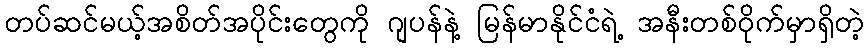
တပ်ဆင်မယ့်အစိတ်အပိုင်းတွေကို ဂျပန်နဲ့ မြန်မာနိုင်ငံရဲ့ အနီးတစ်ဝိုက်မှာရှိတဲ့